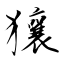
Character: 獽